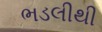
ભડલીથી